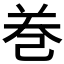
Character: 𢀻